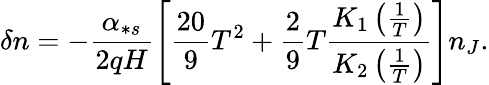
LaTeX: \delta n=-\frac{\alpha_{\ast s}}{2qH}\left[\frac{20}{9}T^{2}+\frac{2}{9}T\frac{K_{1}\left(\frac{1}{T}\right)}{K_{2}\left(\frac{1}{T}\right)}\right]n_{J}.